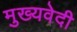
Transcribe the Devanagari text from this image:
मुख्यवेदी